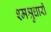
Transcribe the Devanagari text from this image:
श्मश्रुधारी